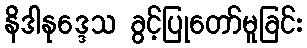
နိဒါနုဒ္ဒေသ ခွင့်ပြုတော်မူခြင်း